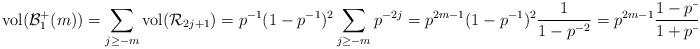
LaTeX: \begin{align*} \mathrm{vol}(\mathcal B_1^+(m)) = \sum_{j\geq -m} \mathrm{vol}(\mathcal R_{2j+1}) = p^{-1}(1-p^{-1})^2\sum_{j\geq -m} p^{-2j} = p^{2m-1}(1-p^{-1})^2 \frac{1}{1-p^{-2}} = p^{2m-1}\frac{1-p^{-1}}{1+p^{-1}}. \end{align*}